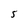
Character: S